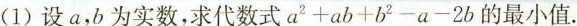
(1)设a，b为实数，求代数式 a^{2}+ab+b^{2}-a-2b的最小值.